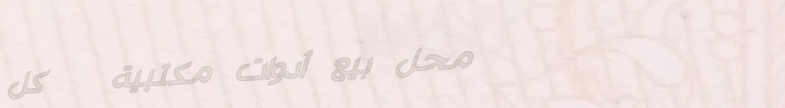
محل بيع أدوات مكتبية   كل